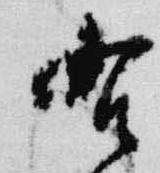
右